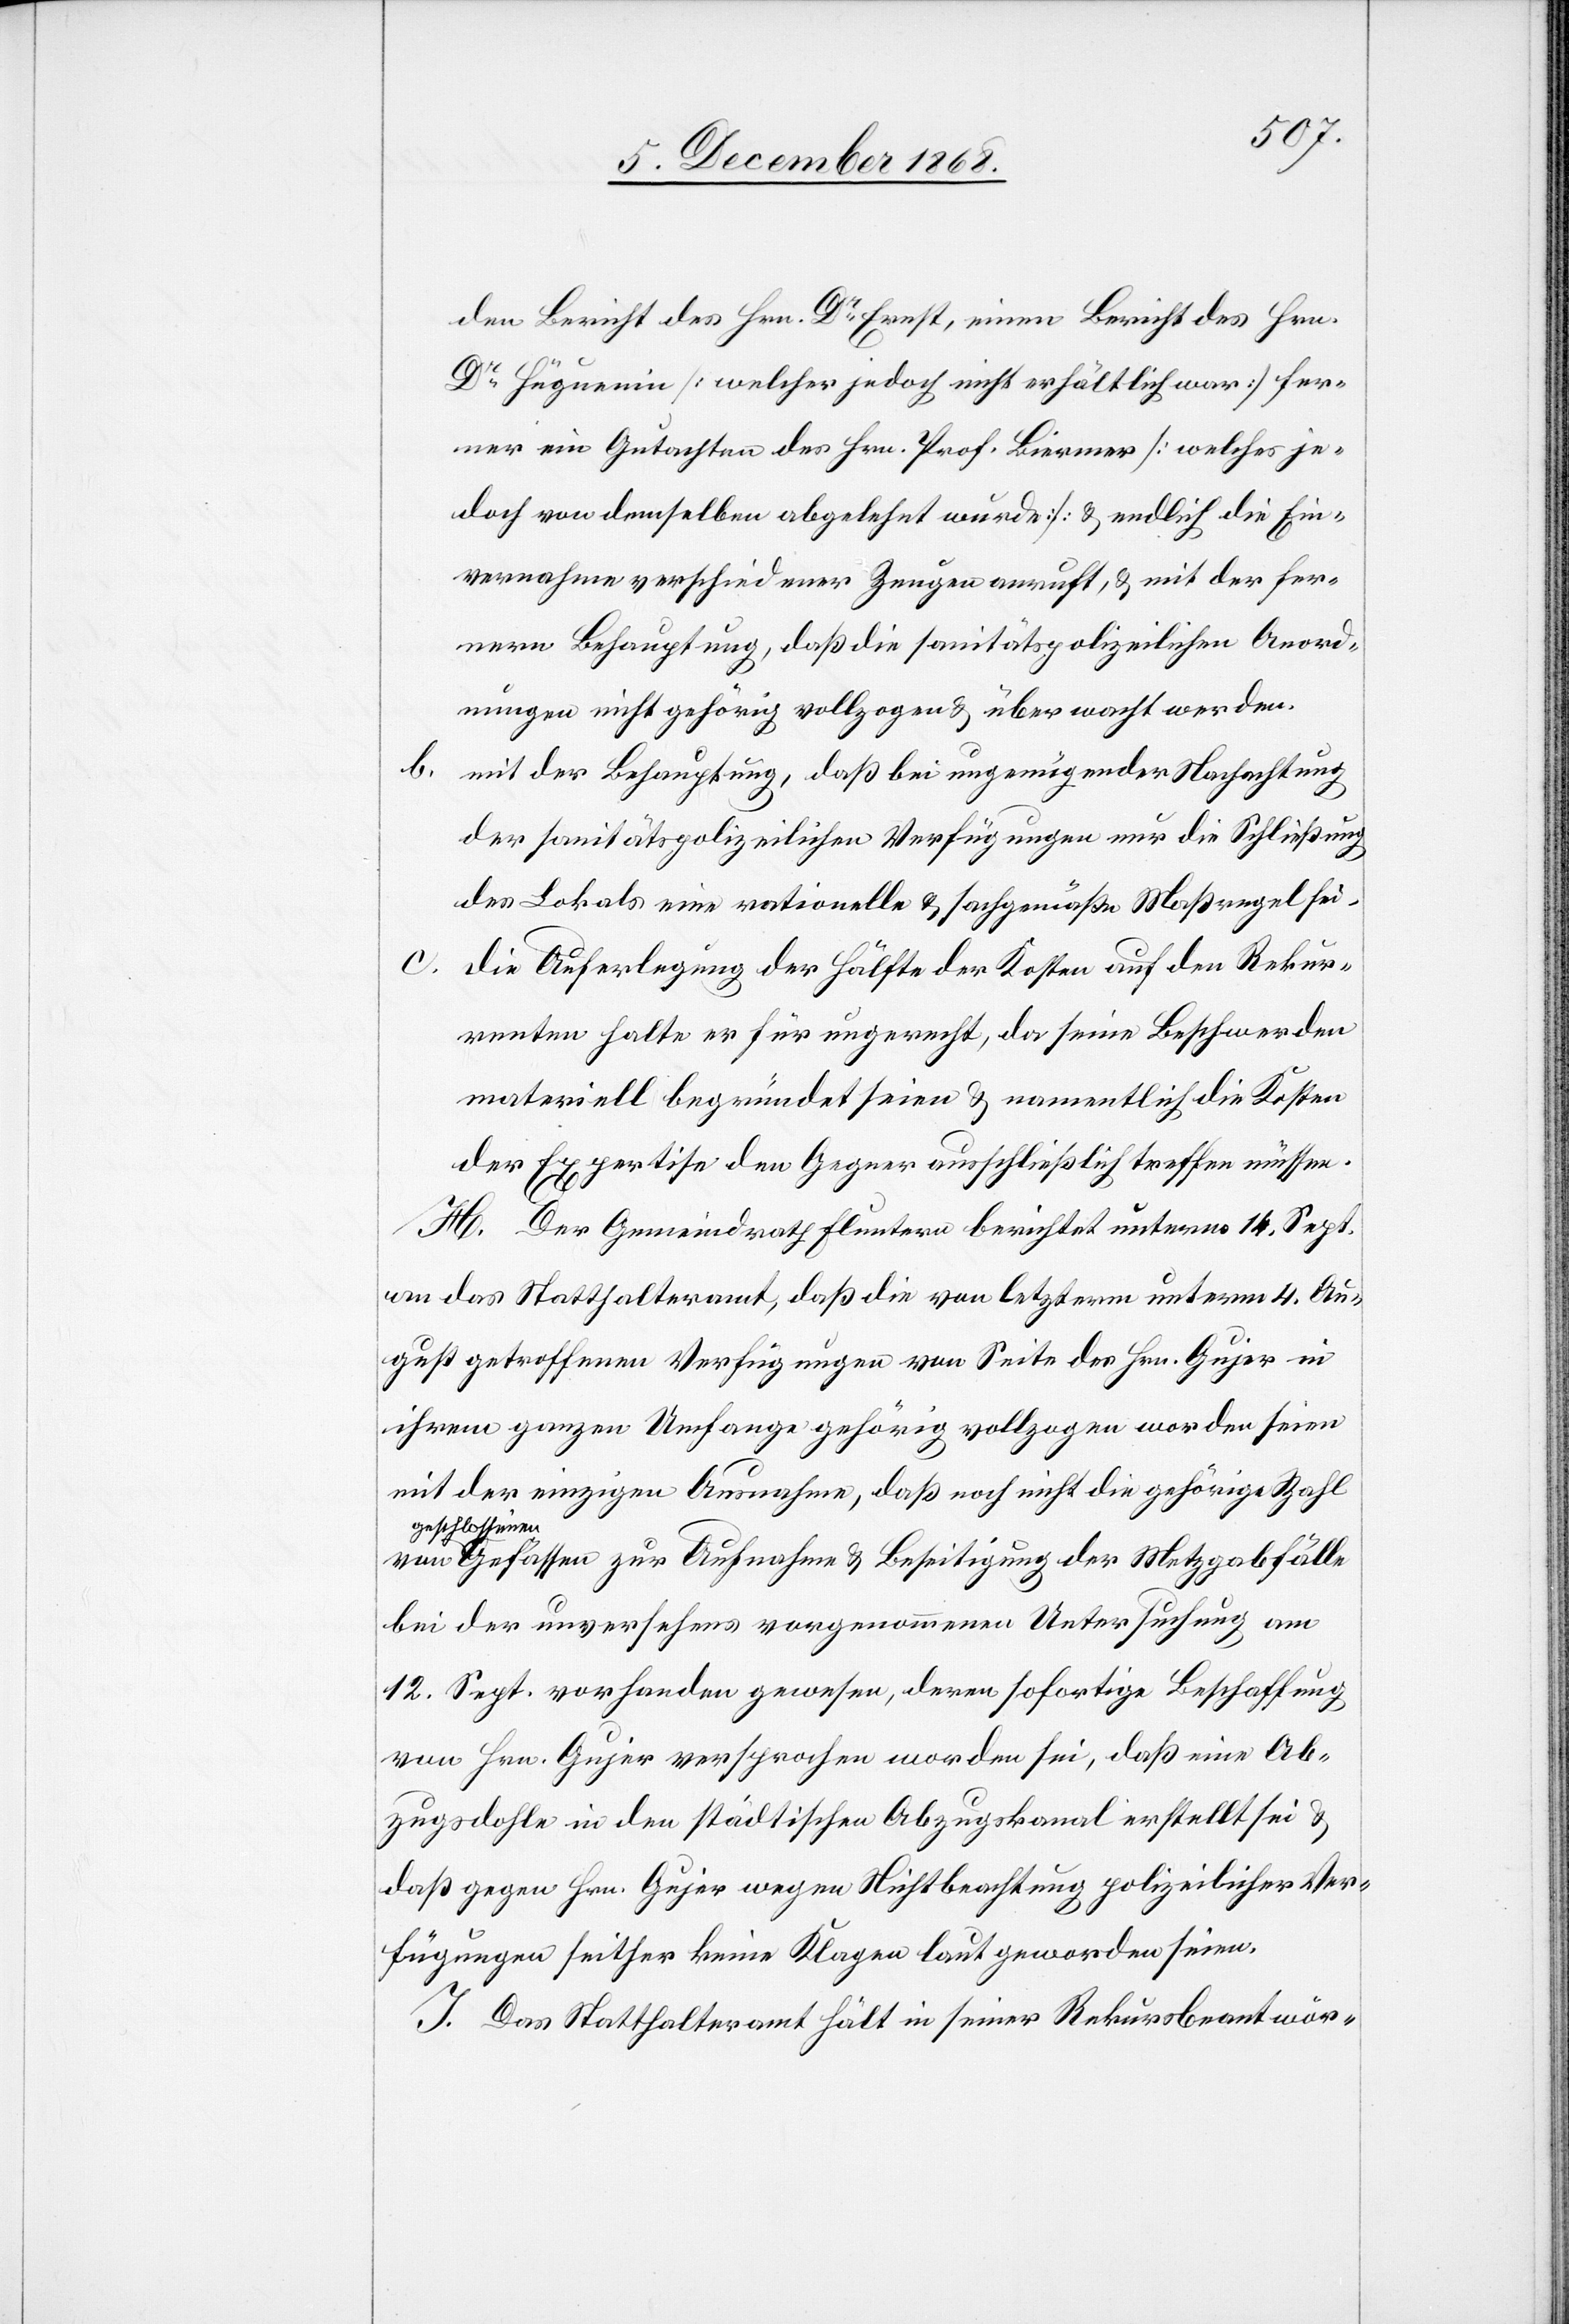
den Bericht des Hrn. Dr Ernst, einen Bericht des Hrn.
Dr Hüguenin [welcher jedoch nicht erhältlich war] fer¬
ner ein Gutachten des Hrn. Prof. Biermer [welches je¬
doch von demselben abgelehnt wurde] & endlich die Ein¬
vernahme verschiedener Zeugen anruft, & mit der fer¬
nern Behauptung, daß die sanitätspolizeilichen Anord¬
nungen nicht gehörig vollzogen & überwacht werden.
b.
mit der Behauptung, daß bei ungenügender Nachachtung
der sanitätspolizeilichen Verfügungen nur die Schließung
des Lokals eine rationelle & sachgemäße Maßregel sei.
c.
die Auferlegung der Hälfte der Kosten auf den Rekur¬
renten halte er für ungerecht, da seine Beschwerden
materiell begründet seien & namentlich die Kosten
der Expertise den Gegner ausschließlich treffen müssen.
H. Der Gemeindrath Fluntern berichtet unterm 14. Sept.
an das Statthalteramt, daß die von letzterm unterm 4. Au¬
gust getroffenen Verfügungen von Seite des Hrn. Gujer in
ihrem ganzen Umfange gehörig vollzogen worden seien
mit der einzigen Ausnahme, daß noch nicht die gehörige Zahl
geschlossene¬
n Gefässen zur Aufnahme & Beseitigung der Metzgabfälle
bei der unversehens vorgenommenen Untersuchung am
12. Sept. vorhanden gewesen, deren sofortige Beschaffung
von Hrn. Gujer versprochen worden sei, daß eine Ab¬
zugsdohle in den städtischen Abzugskanal erstellt sei &
daß gegen Hrn. Gujer wegen Nichtbeachtung polizeilicher Ver¬
fügungen seither keine Klagen laut geworden seien.
I. Das Statthalteramt hält in seiner Rekursbeantwor-